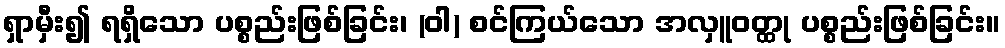
ရှာမှီး၍ ရရှိသော ပစ္စည်းဖြစ်ခြင်း၊ (ဝါ) စင်ကြယ်သော အလှူဝတ္ထု ပစ္စည်းဖြစ်ခြင်း။